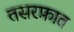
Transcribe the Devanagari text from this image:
तसरफ़ात